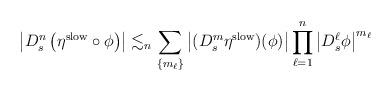
LaTeX: \begin{align*}\left| D^n_s \left( \eta^{\rm slow} \circ \phi \right) \right|\lesssim_{n} \sum_{\left\{ m_{\ell} \right\}} \left| (D^{m}_s \eta^{\rm slow}) (\phi) \right|\prod_{\ell=1}^{n} \left| D^{\ell}_s \phi \right|^{m_{\ell}}\end{align*}